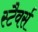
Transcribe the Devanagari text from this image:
स्टैवर्स